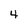
Character: 4